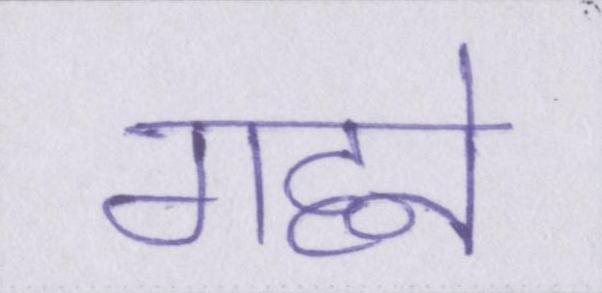
गहने